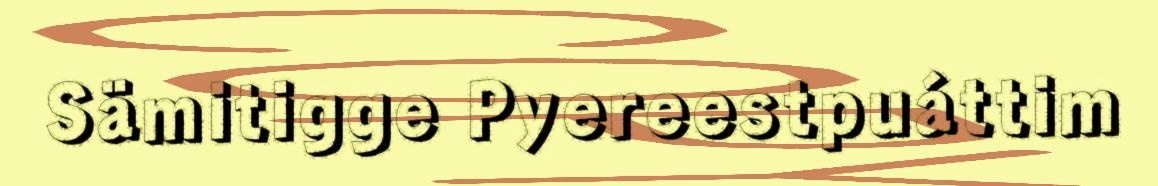
Sämitigge Pyereestpuáttim